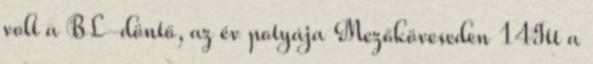
volt a BL-döntő, az év potyája Mezőköveseden 14Itt a